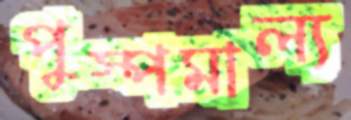
পুস্পমাল্য